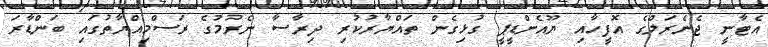
އެޓާނީ ޖެނެރަލްގެ އޮފީހާއި ޔޫއެންޑީޕީ ގުޅިގެން ތައްޔާރުކުރި ދިރާސާ ނެރުމުގެ ރަސްމިއްޔާތުގައި ބަންޑާރަ